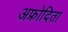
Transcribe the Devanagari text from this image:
अफ्रोदिता